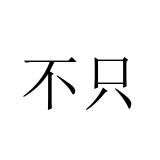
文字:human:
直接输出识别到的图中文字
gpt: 不只